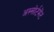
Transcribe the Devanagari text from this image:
अस्सोर्टमेंट